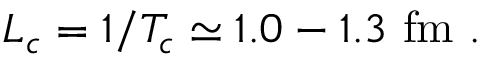
L _ { c } = 1 / T _ { c } \simeq 1 . 0 - 1 . 3 \ \mathrm { f m } \ .